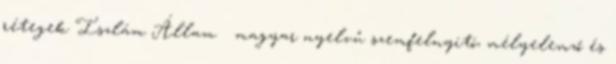
rétegek Iszlám Állam → magyar nyelvű szemfelnyitó, mélyelemző és